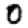
Digit: 0